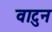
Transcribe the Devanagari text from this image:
वाटुन